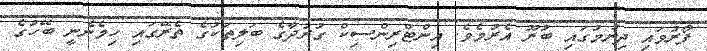
ފޯރުވައި ދިނުމުގައި ބުރޫ އެރުމެވެ. އިންޓްރިންސިކް ގުރުދާގެ ބަލިތަކުގެ ތެރޭގައި ހިމެނެނީ ބޭހުގެ